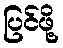
ပြင်ဖို့